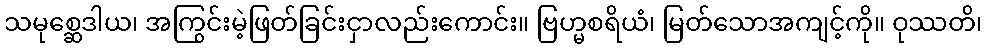
သမုစ္ဆေဒါယ၊ အကြွင်းမဲ့ဖြတ်ခြင်းငှာလည်းကောင်း။ ဗြဟ္မစရိယံ၊ မြတ်သောအကျင့်ကို။ ဝုဿတိ၊